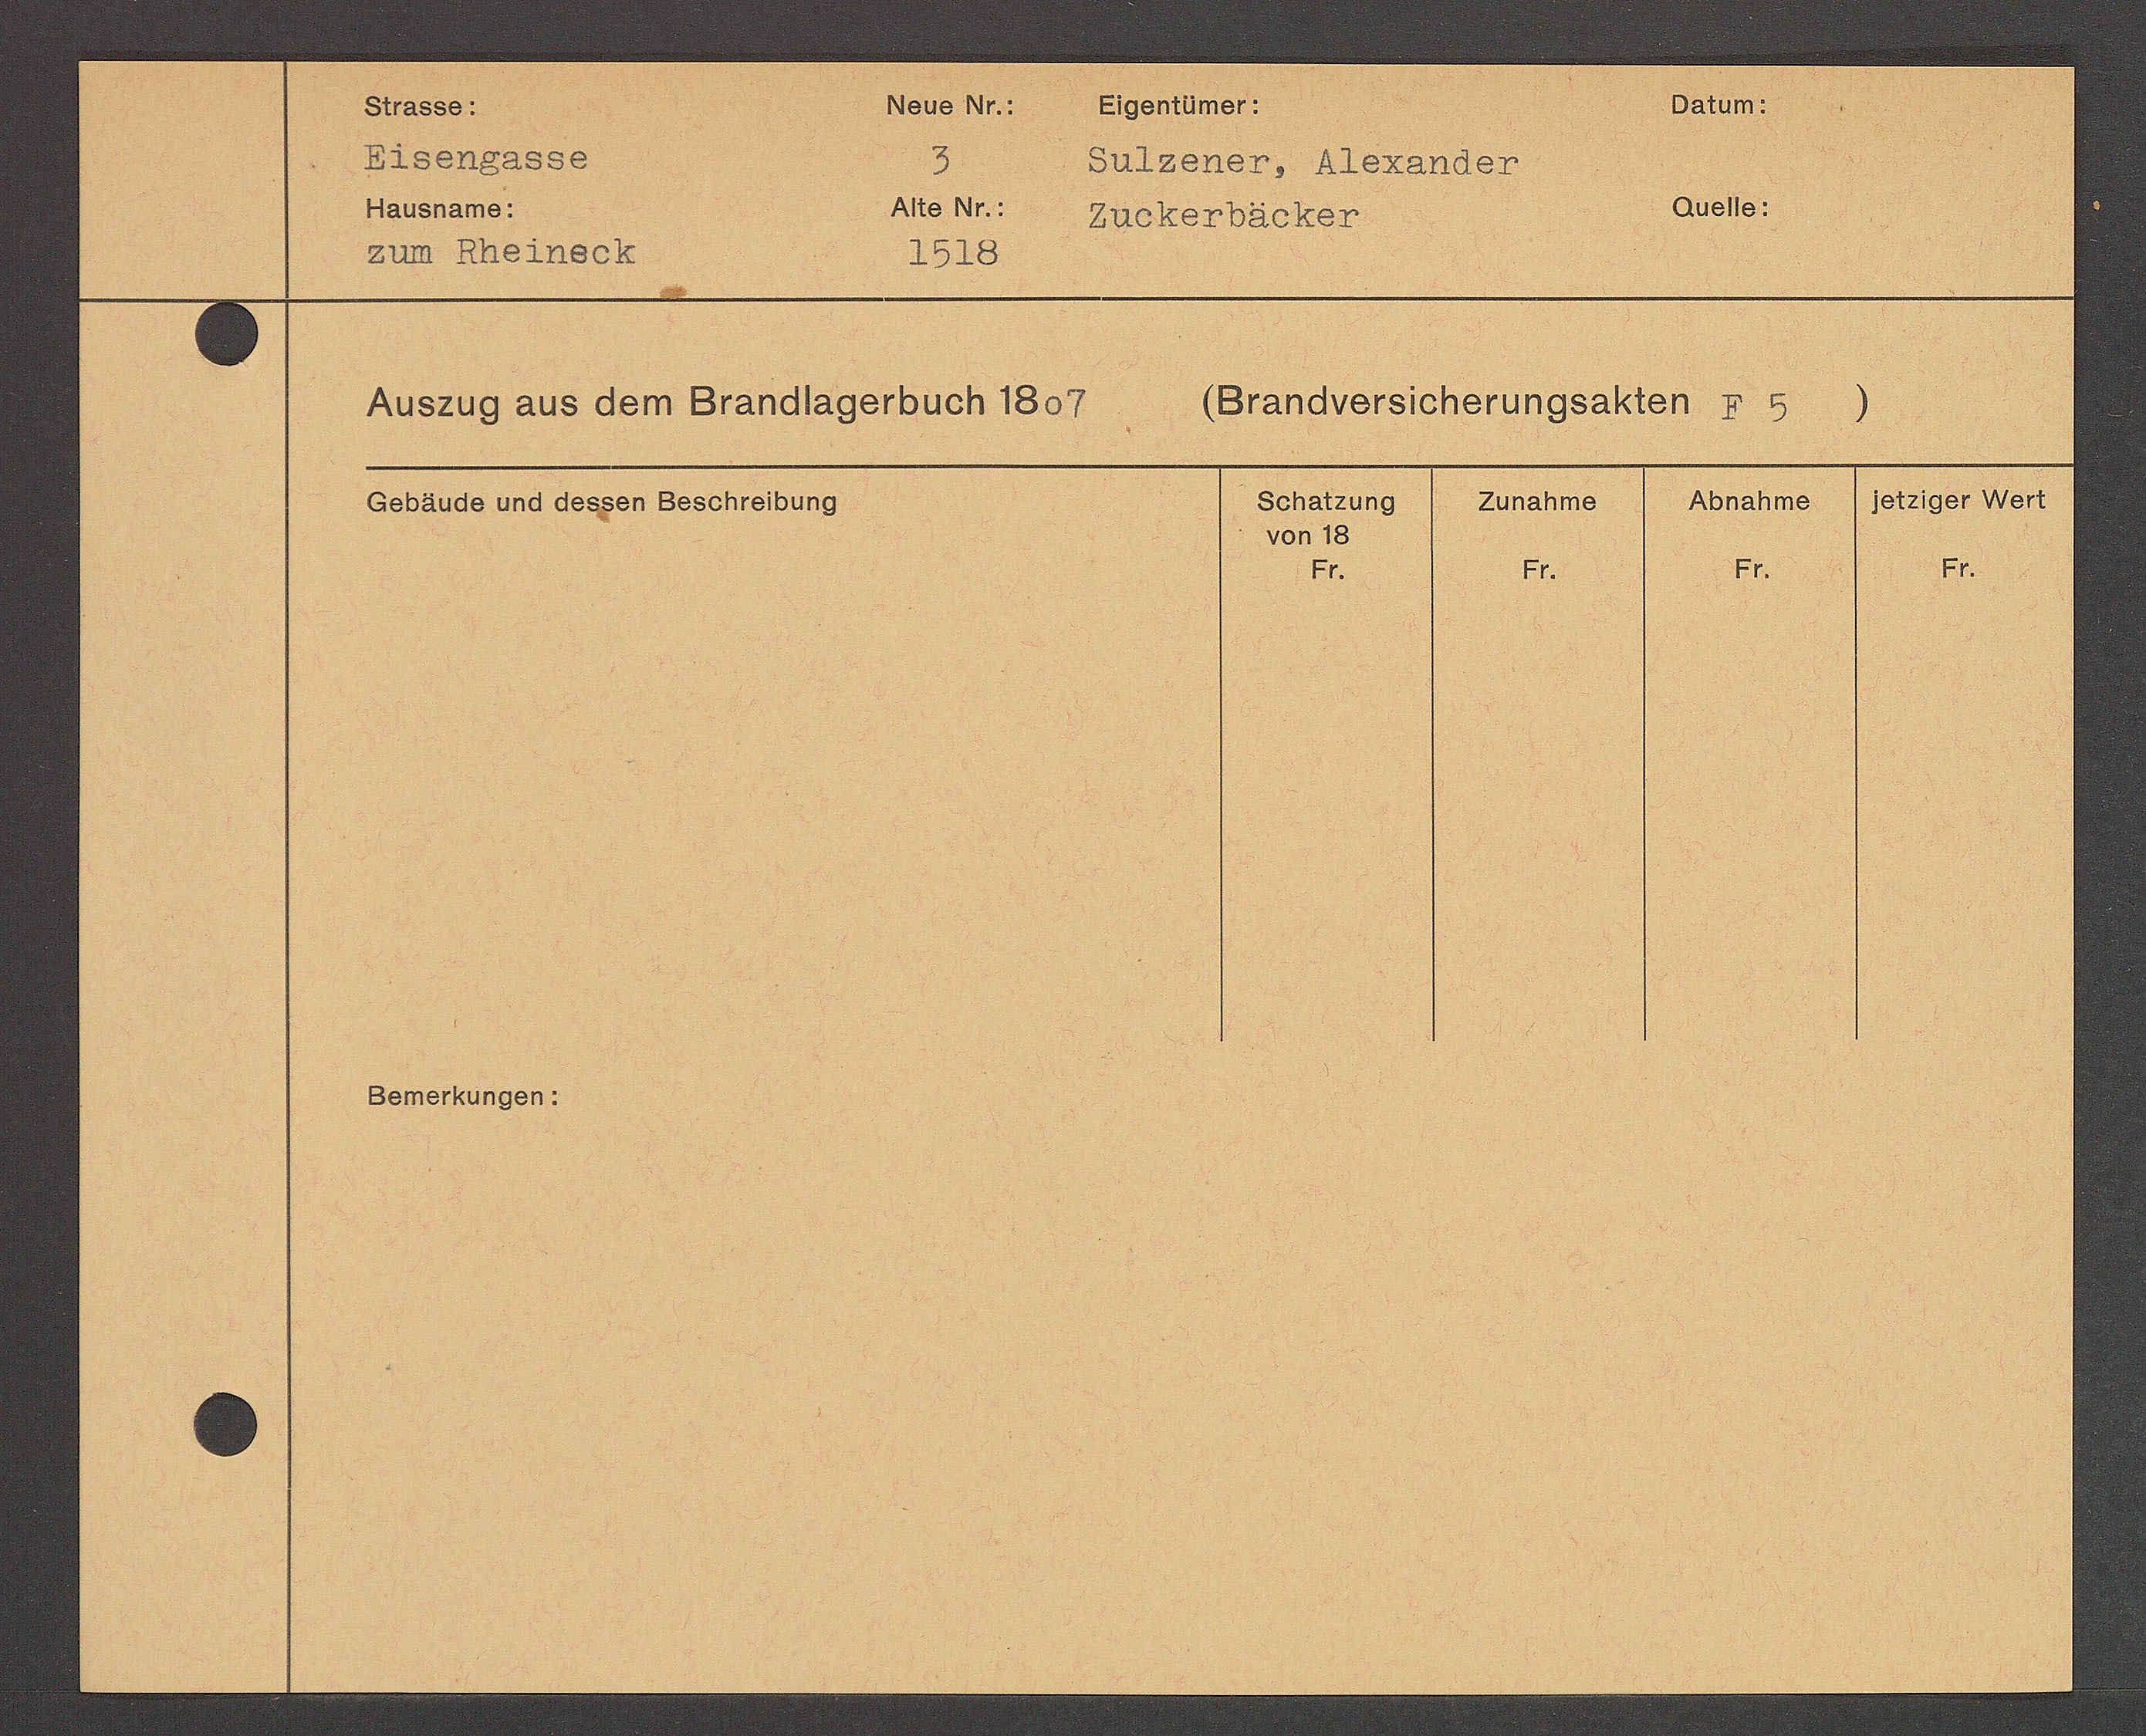
Transcript:
Domottenga

3
DT SDASADDB
SRUDAADT BADTAUAoB.
140 4.
Ha15nau0.
Oto 110.
BAORDT BAORCH
SU RkDEADER.
2520

DD5249 AAS ASR STANDDGSNDUCHBDo.
BandoIStEkottgSahlER S P)
HSTEIOOr Wo
1642450
561 a1 2440
244a 150
Ceddido Nd TORSot DSENota
01 13
84.
84.
84.
64.